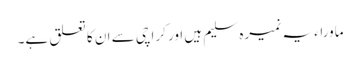
ماوراء یہ نمیرہ سلیم ہیں اور کراچی سے ان کا تعلق ہے۔